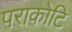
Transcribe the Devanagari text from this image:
पराकोटि